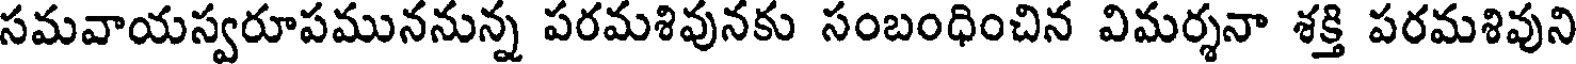
సమవాయస్వరూపముననున్న పరమశివునకు సంబంధించిన విమర్శనా శక్తి పరమశివుని